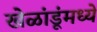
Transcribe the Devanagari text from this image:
खेळांडूंमध्ये